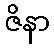
ဇိနာ